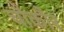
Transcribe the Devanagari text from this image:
चौकौर